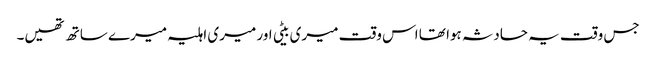
جس وقت یہ حادثہ ہوا تھا اس وقت میری بیٹی اور میری اہلیہ میرے ساتھ تھیں۔